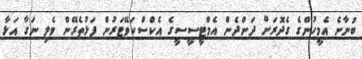
ބުނާނެ އެމީހުުންގެ ގެދޮރަށް ދަންދެން އެމްޓީސީސީގެ އެކްސްކަވޭޓަރުން ފަޅުތެރޭން ވެލި ނަގާ އަޅާ